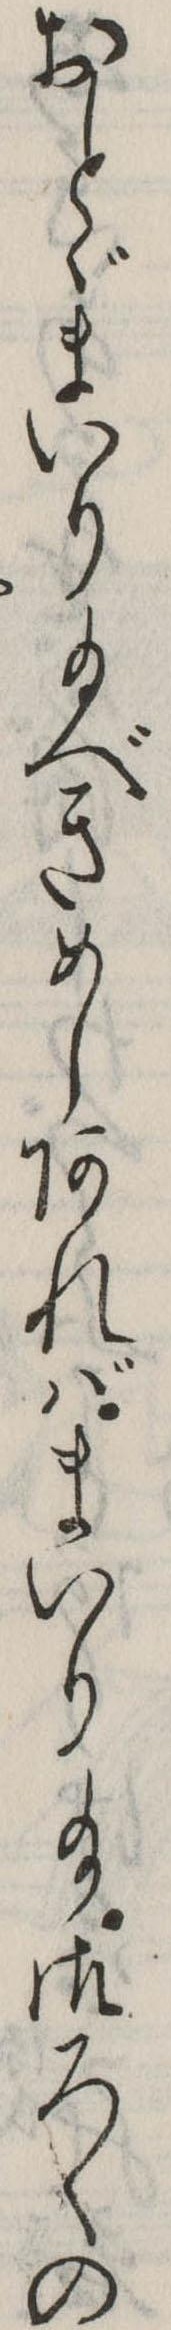
おとゞまいり給べきめしあればまいり給御ろくの